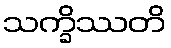
သက္ခိဿတိ